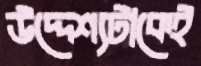
উদ্দেশ্যটাকেই